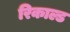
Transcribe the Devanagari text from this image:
रिकाल्ड